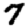
Digit: 7